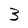
Character: 3